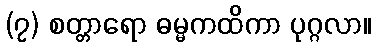
(၇) စတ္တာရော ဓမ္မကထိကာ ပုဂ္ဂလာ။